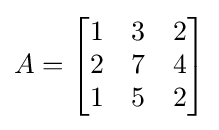
A={\begin{bmatrix}1&3&2\\2&7&4\\1&5&2\end{bmatrix}}